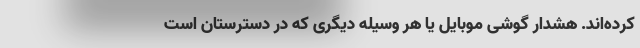
کرده‌اند. هشدار گوشی موبایل یا هر وسیلهٔ دیگری که در دسترستان است